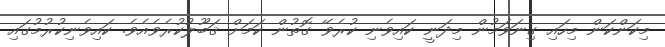
މިކަންކަން މިހައި ގިނަވަމުން މިދަނީ ކައިވެނި ކުރެވޭ ގޮތުން ކަމަށް ޤަބޫލުކުރެވެއެވެ. ކައިވެނިކުރުމުގައި